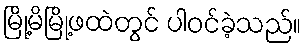
မြို့မိမြို့ဖထဲတွင် ပါဝင်ခဲ့သည်။